Vabadussoja_Ajaloo_Komitee, lk 51
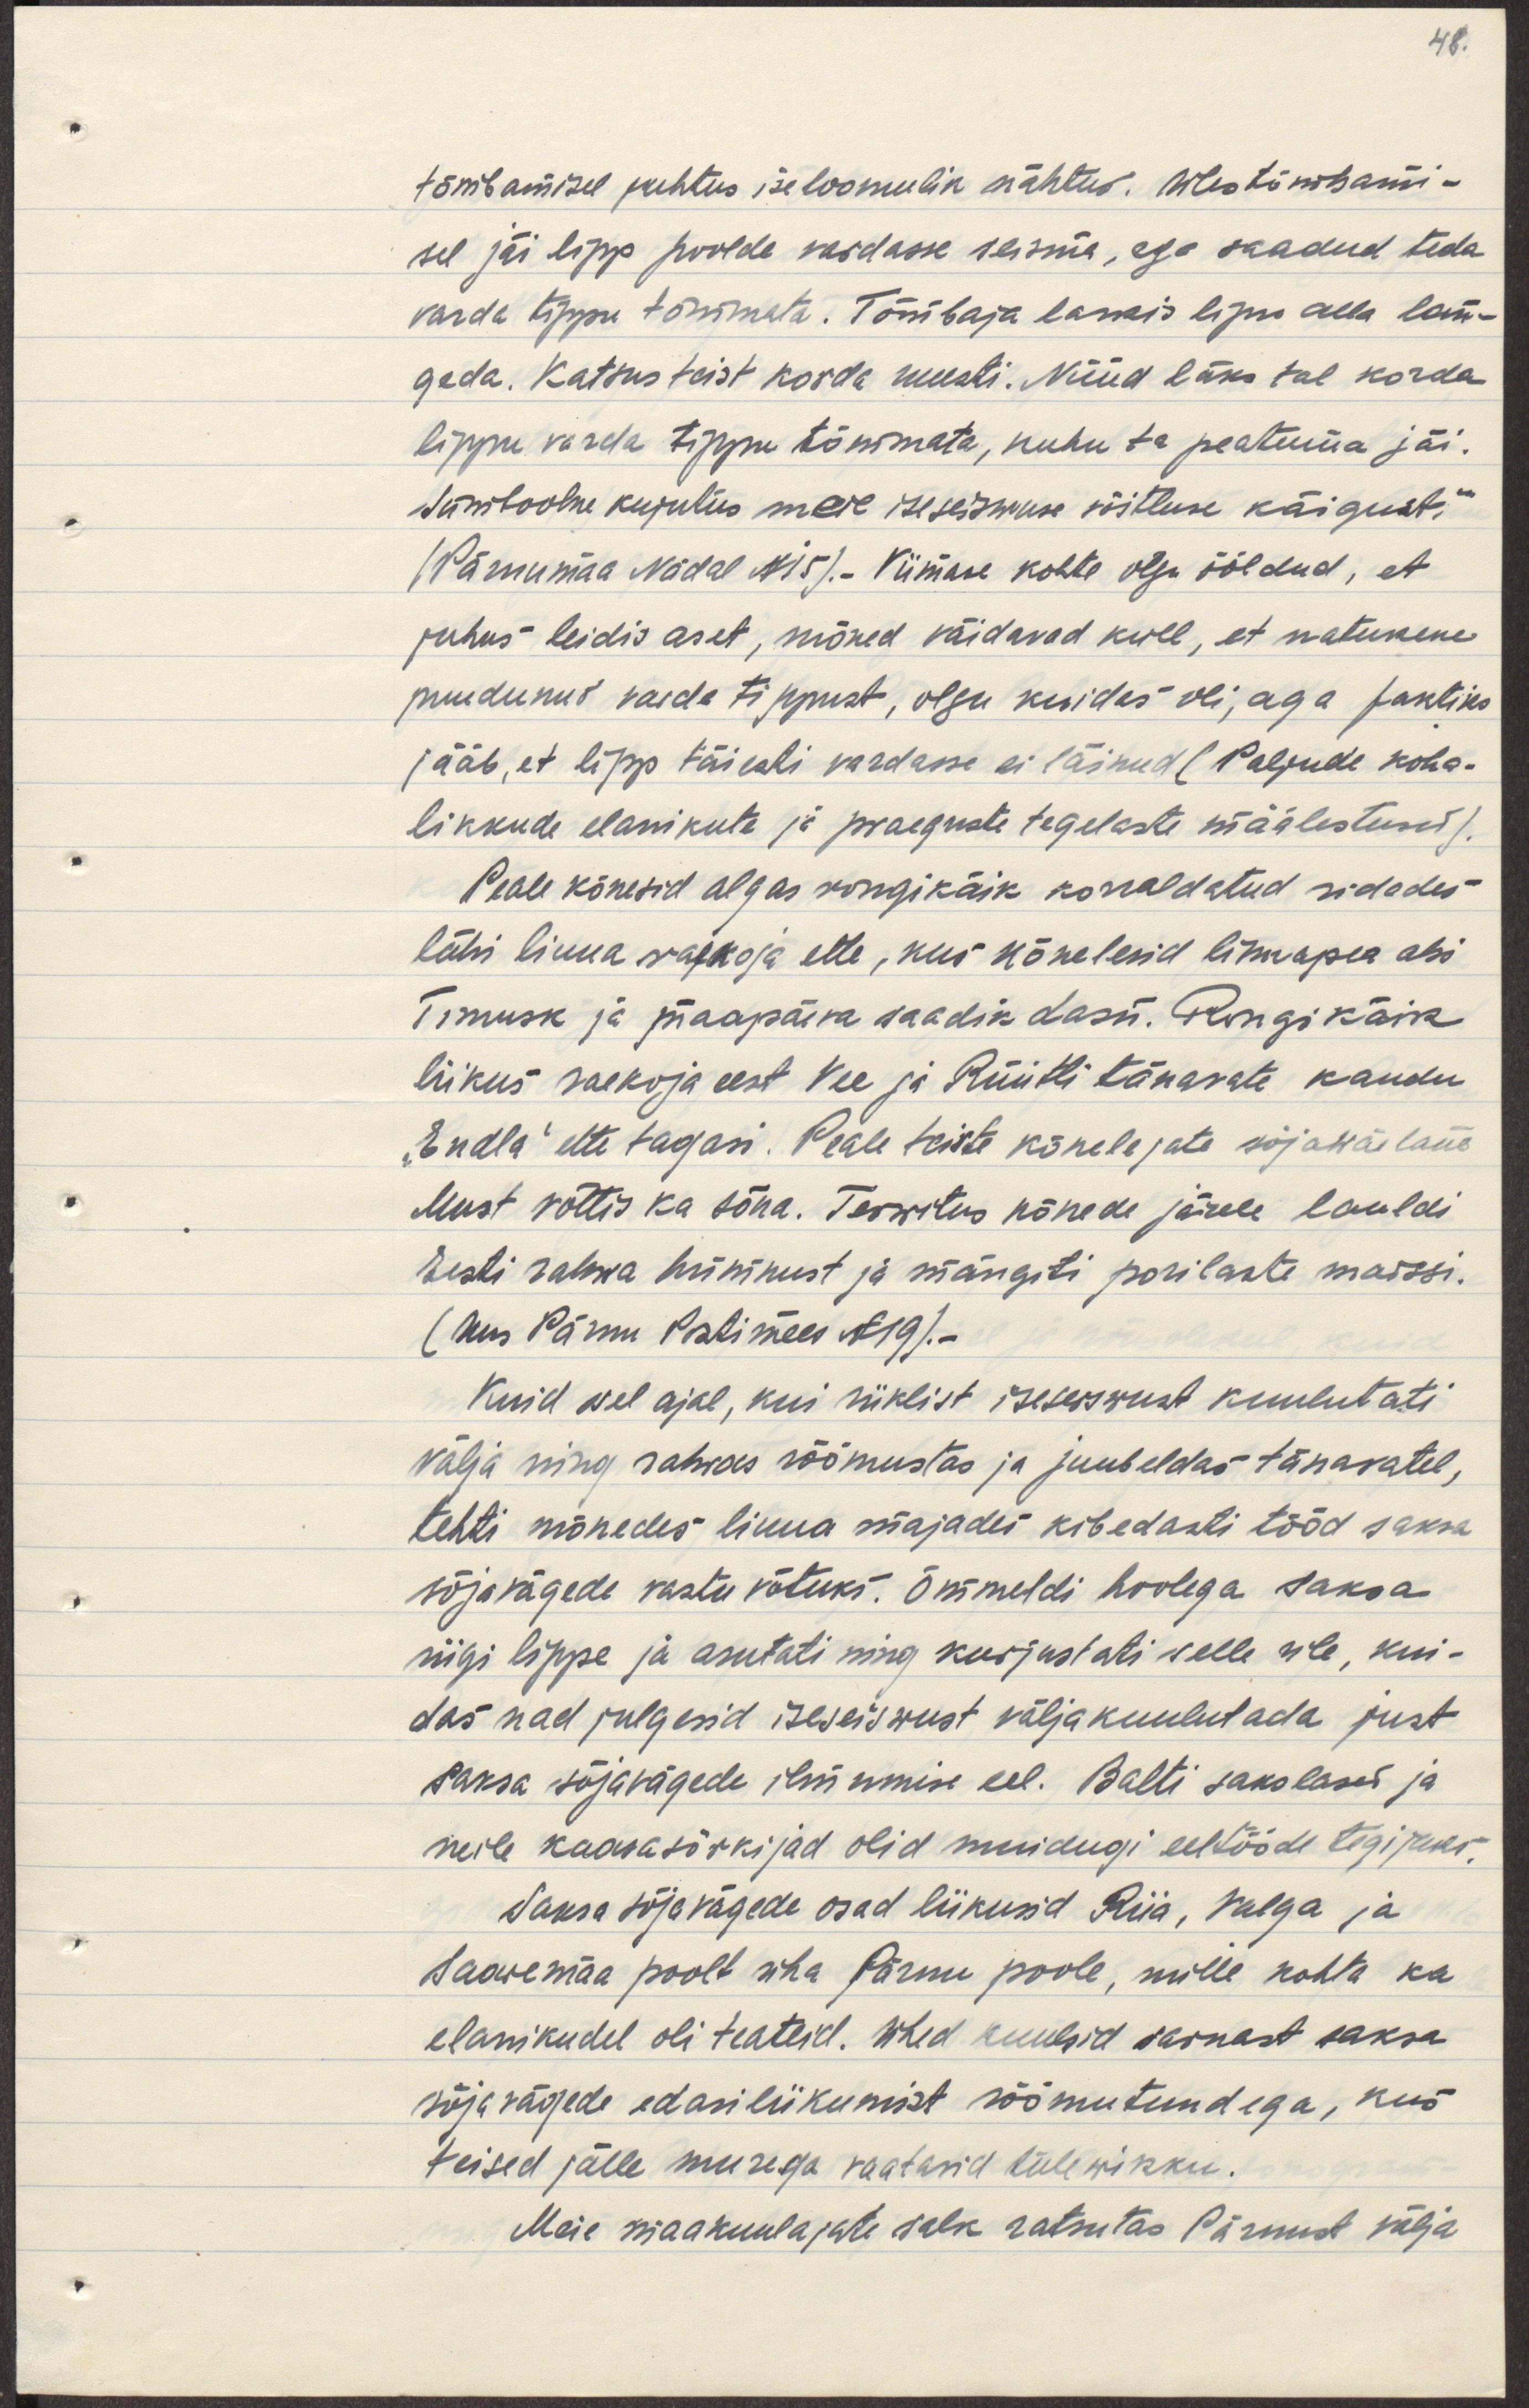
tõmbamisel juhtus iseloomulik nähtus. Ülestõmbami-
sel jäi lipp poolde vardasse seisma, ega saadud teda 
varde lõppu tõmmata. Tõmbaja laskis lipu alla lan-
geda. Katsus teist korda uuesti. Nüüd läks tal korda
lippu varde tippu tõmmata, kuhu ta peatuma jäi.
Sümboolne kujutlus meie iseseiswuse võitluse käigust,-
(Pärnumaa nädal N 15).- Viimase kohta olgu ööldud, et
juhus leidis aset, mõned väidavad kull, et natukene
puudunud varde tippust, olgu kuidas oli, aga faktiks
jääb, et lipp täiesti vardasse ei läinud (Paljude koha-
likkude elanikute ja praeguste tegelaste määlestused).
Peale kõnesid algas rongikäik korraldatud ridades
läbi linna raekoja ette, kus kõnelesid linnapea abi
Timusk ja maapäeva saadik Lasn. Rongikäik
liikus raekoja eest Vee ja Rüütli tänavate kaudu
"Endla" ette tagasi. Peale teiste kõnelejate sõjawäelane
Must võttis ka sõna. Terwitus kõnede järele lauldi
Eesti rahwa hümnust ja mängiti porilaste marssi.
(kus Pärnu Postimees N 19).-
Kuid sel ajal, kui riiklist iseseiswust kuulutati
välja ning rahwas rõõmustas ja juubeldas tänavatel,
tehti mõnedes linna majades kibedasti tööd saksa 
sõjavägede vastu võtuks. Õmmeldi hoolega saksa
riigi lippe ja arutati ning kurjustati selle üle, et kui-
das nad julgesid iseseiswust väljakuulutada just 
saksa sõjavägede ilmumise eel. Balti sakslased ja
neile kaasasörkijad olid muidugu eeltööde tegijaks.
Saksa sõjavägede osad liikusid Riia, Valga ja
Saaremaa poolt üha Pärnu poole, mille kohta ka
elanikudel oli teateid. Ühed kuulsid saksa 
sõjavägede edasiliikumist rõõmutundega, kus
teised jälle murega vaatasid tulewikku.
Meie maakuulajate salk ratsutas Pärnust välja